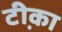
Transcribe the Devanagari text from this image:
टी़का